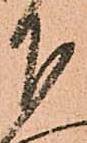
下